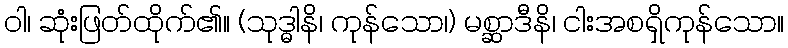
ဝါ၊ ဆုံးဖြတ်ထိုက်၏။ (သုဒ္ဓါနိ၊ ကုန်သော၊) မစ္ဆာဒီနိ၊ ငါးအစရှိကုန်သော။